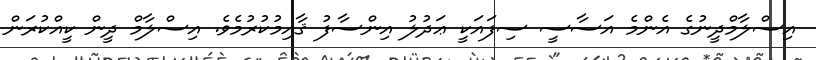
އިސްލާމްދީނުގެ އެންމެ އަސާސީ ސިފައަކީ ޢަދުލު އިންސާފު ޤާއިމުކުރުމެވެ. އިސްލާމް ދީން ކީއްކުރަން